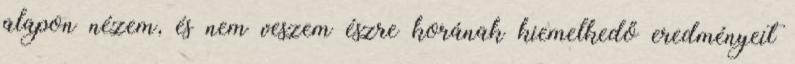
alapon nézem, és nem veszem észre korának kiemelkedő eredményeit